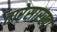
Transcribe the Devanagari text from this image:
तारेसारखा